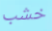
خشب